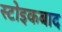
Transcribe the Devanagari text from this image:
स्टोइकबाद